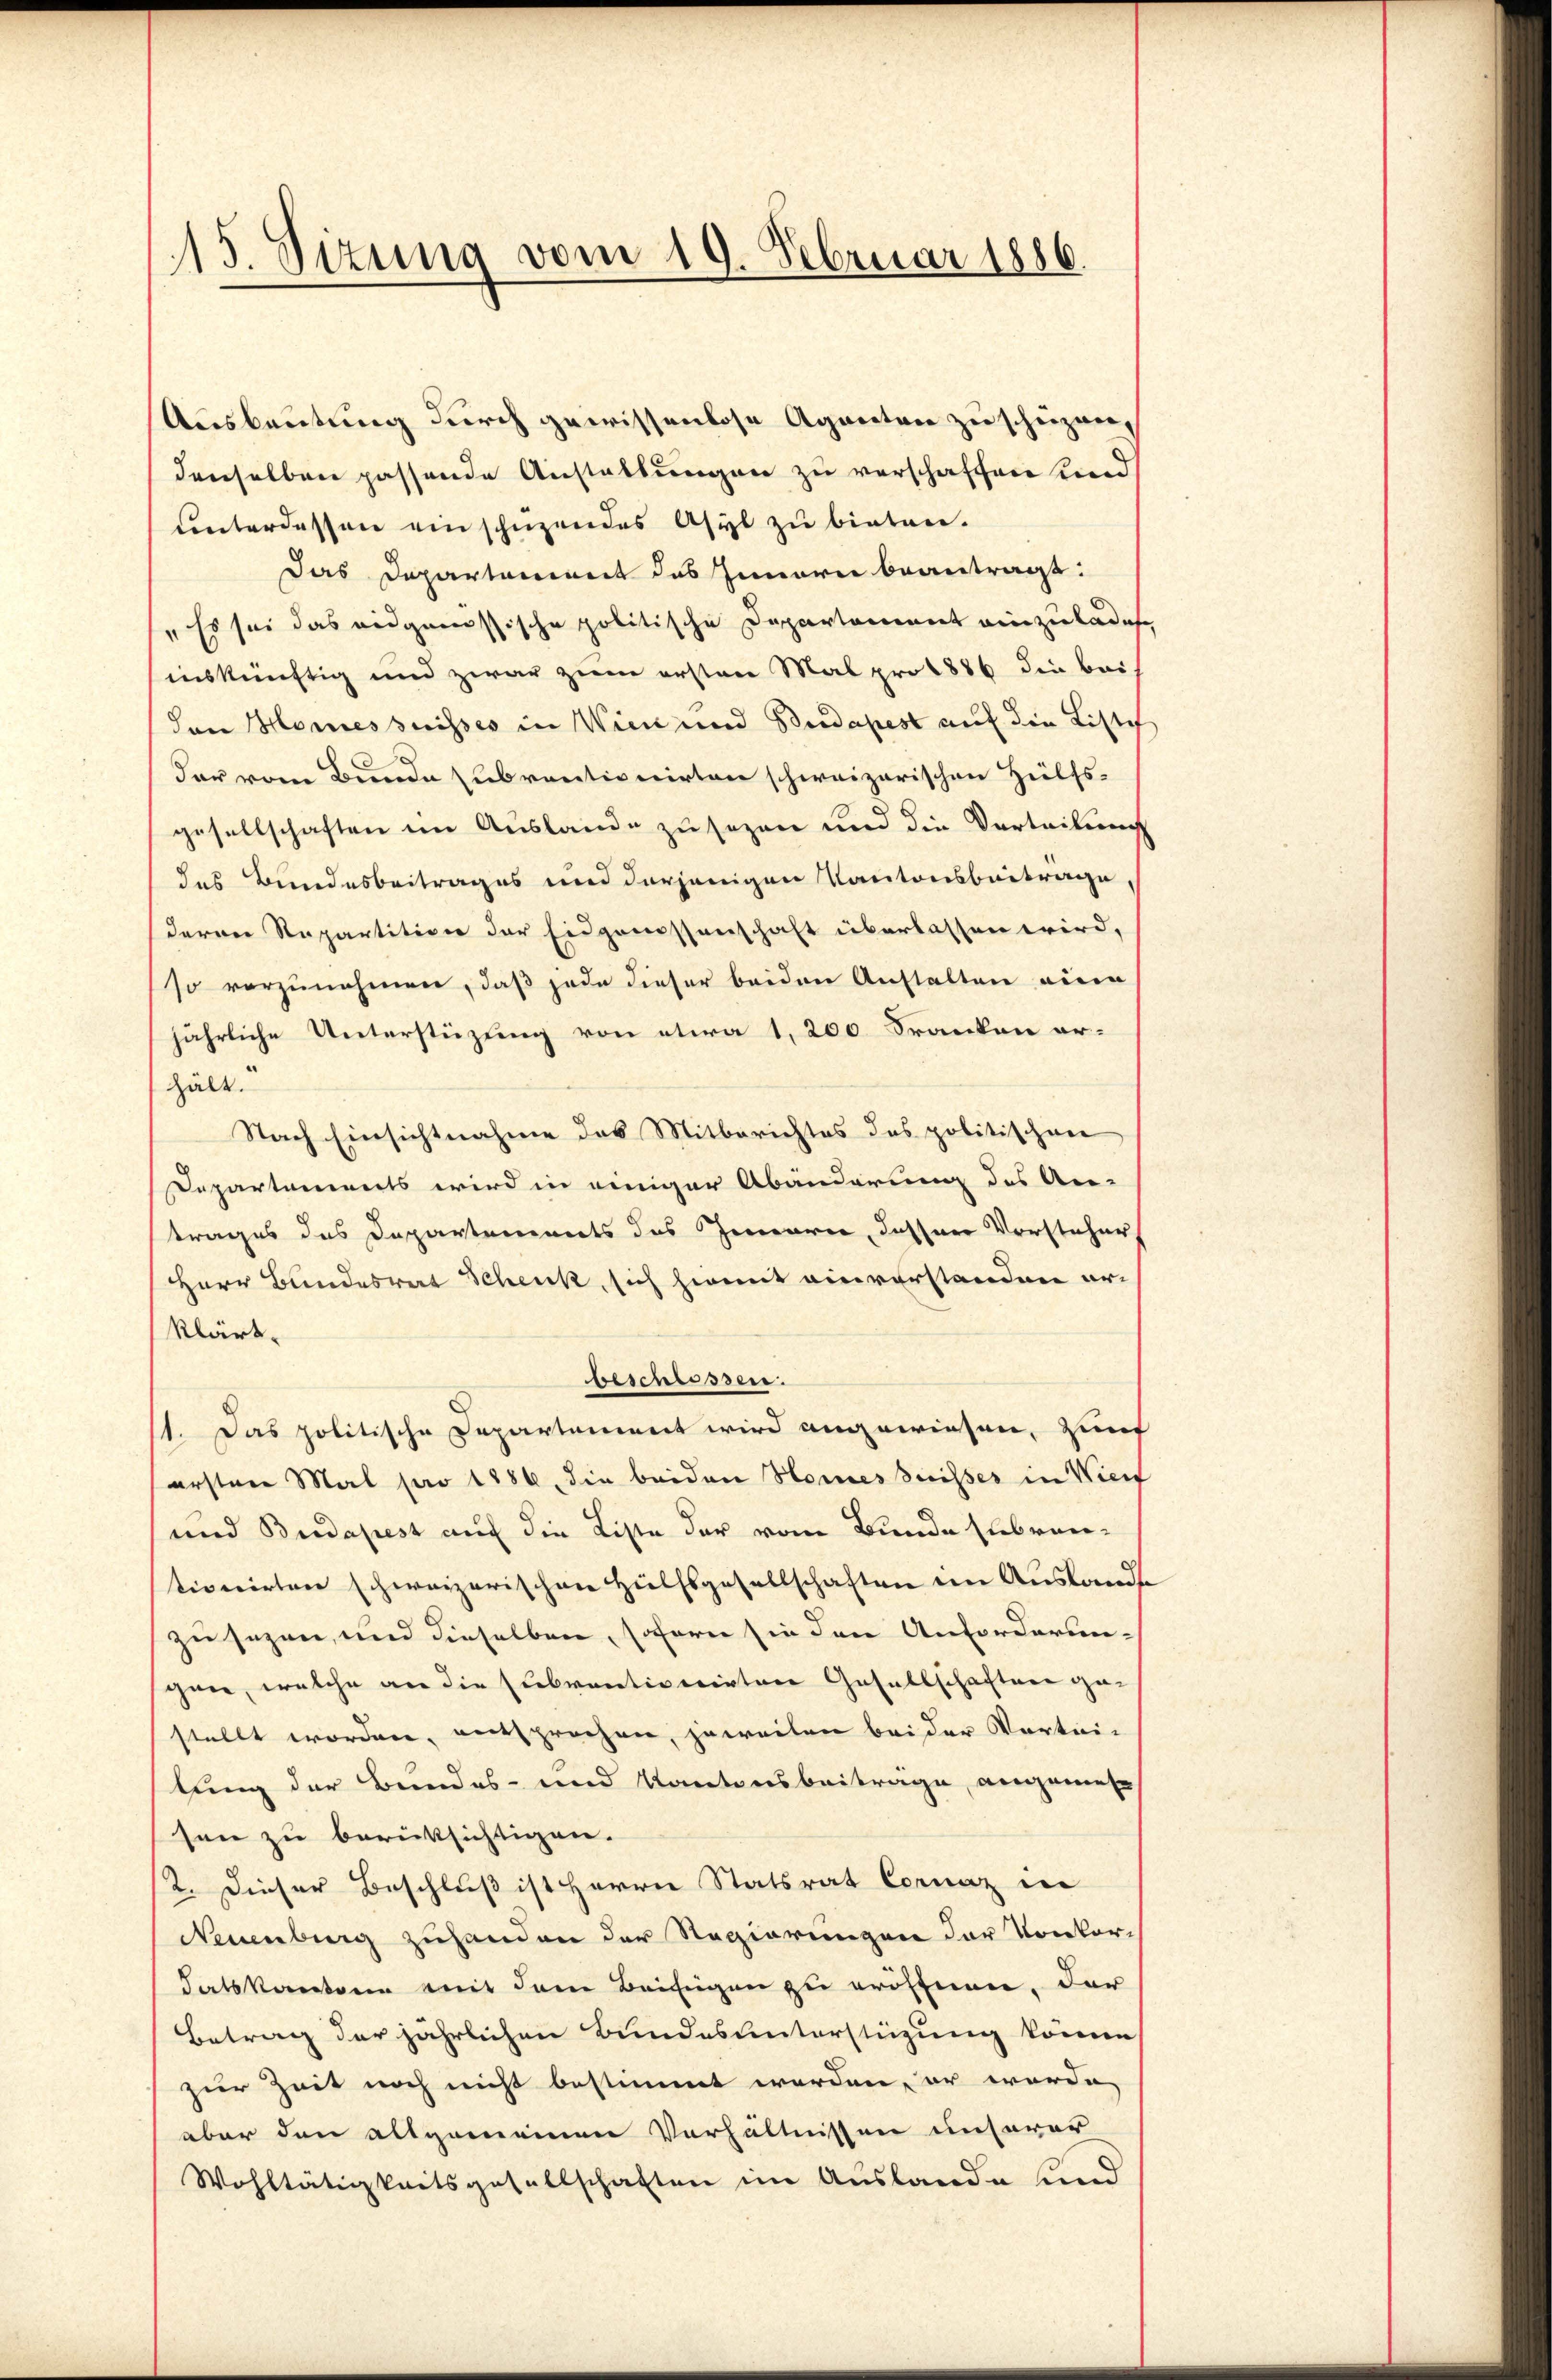
15. Sizung vom 19. Februar 1886.

Ausbeutung durch gewissenlose Agenten zu schüzen,
denselben passende Anstaltungen zu verschaffen und
unterdessen einschuzendes Asyl zu bieten.
Das Departement das Innern beantragt:
"Es sei das eidgenössische politische Departement einzuladet
inskünftig und zwar zum ersten Mal pro 1886 die bei
den Homessuisses in Wien und Budapest auf die Liste
der vom Bunde zubrentionirten schweizerischen Heilfsgesellschaften im Auslande zu sezen und die Verteilung
das Bundesbeitrages und derjenigen Kantonsbeitrage
deren Repartition der Eidgenossenschaft überlassen wird,
so vorzunehmen, daß jede dieser beiden Anstalten eine
jährliche Unterstüzung von etwa 1,200 Franken erhält.
Nach Einsichtnahme das Mitberichtes des politischen
Departaments wird in einiger Abänderung des An-
trages des Departements des Innerei, dassner Vorsteher,
Herr Bundesrat Schenk, sich hiemit einverstanden erklärt.
Besniessen.
1. Das politische Departement wird angewiesen, Zunf
ersten Mal pro 1886, die beiden Homes suisses in Wien
und Budapest auf die Liste der vom Bunde Elbrontionirten schweizerischen Hülfsgesellschaften in Auslandt
zu sezen, und dieselben, sofern sie den Anforderungen, welche an die Subventiverirten Gesellschaften gestellt worden, entsprechen, jeweilen bei der Vortrilung der Bundes- und Kantonsbeitrage, angemes
sen zu berücksichtigen.
2. Dieser Beschluß ist Herrn Statsrat Cornaz in
Neuenburg zuhanden der Regierungen der Konkordatskantone mit dem Beifügen zu eröffnen, der
Betrag der jährlichen Bundesunterstüzung könne
zur Zeit noch nicht bestimmt werden, er werde,
aber den allgemeinen Verhältnissen unserer
Wohltätigkeitsgesellschaften im Auslande und